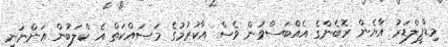
މިޑްފީލްޑަރު އާޔެން ރޮބެންގެ އެއްބަސްވުން ވެސް އާކުރުމުގެ މަސައްކަތް އެ ކްލަބުން އަންނަނީ